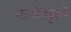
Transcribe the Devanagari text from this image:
गाजीपुरमें